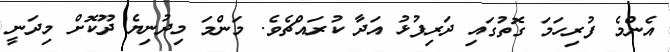
އެންމެ ފުރިހަމަ ގޮތުގައި ދަރިފުޅު އަދާ ކުރައްޗެވެ. މަންމަ މިދުނިޔެ ދޫކޮށް މިދަނީ